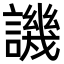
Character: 譏